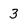
Character: 3